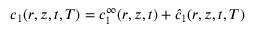
c _ { 1 } ( r , z , t , T ) = c _ { 1 } ^ { \infty } ( r , z , t ) + \hat { c } _ { 1 } ( r , z , t , T )